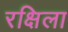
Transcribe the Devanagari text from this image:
रक्षिला